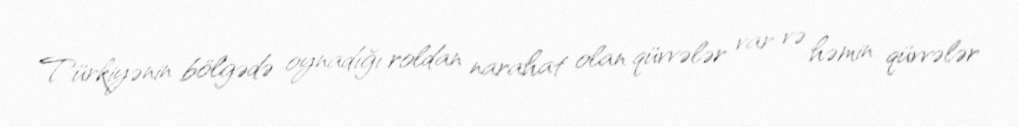
Türkiyənin bölgədə oynadığı roldan narahat olan qüvvələr var və həmin qüvvələr